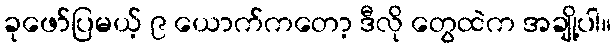
ခုဖော်ပြမယ့် ၉ ယောက်ကတော့ ဒီလို တွေထဲက အချို့ပါ။